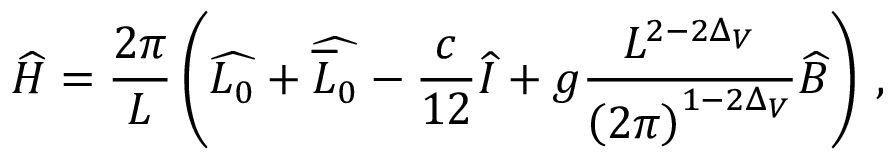
\widehat { H } = \frac { 2 \pi } { L } \left( \widehat { L _ { 0 } } + \widehat { \overline { { { L } } } _ { 0 } } - \frac { c } { 1 2 } \widehat { I } + g \frac { L ^ { 2 - 2 \Delta _ { V } } } { \left( 2 \pi \right) ^ { 1 - 2 \Delta _ { V } } } \widehat { B } \right) \: ,